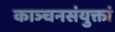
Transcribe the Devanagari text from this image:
काञ्चनसंयुक्तां